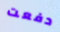
دفعت